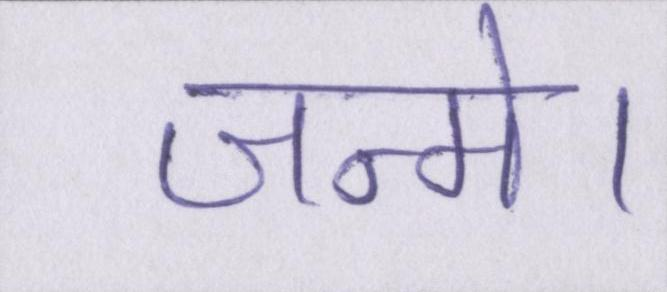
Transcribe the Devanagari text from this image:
जन्मे।